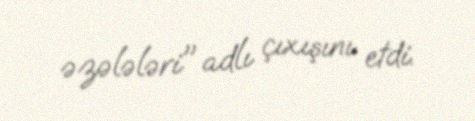
əzələləri" adlı çıxışını etdi.